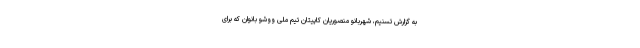
به گزارش تسنیم، شهربانو منصوریان کاپیتان تیم ملی ووشو بانوان که برای